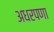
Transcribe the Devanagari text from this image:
अधरपणा